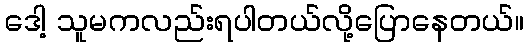
ဒေါ့ သူမကလည်းရပါတယ်လို့ပြောနေတယ်။